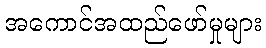
အကောင်အထည်ဖော်မှုများ